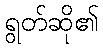
ရွတ်ဆို၏